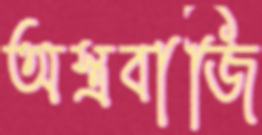
অস্ত্রবাজি